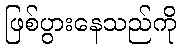
ဖြစ်ပွားနေသည်ကို